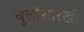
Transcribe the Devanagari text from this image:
चुलीसारखी